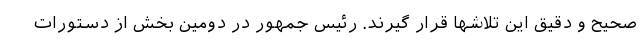
صحیح و دقیق این تلاشها قرار گیرند. رئیس جمهور در دومین بخش از دستورات